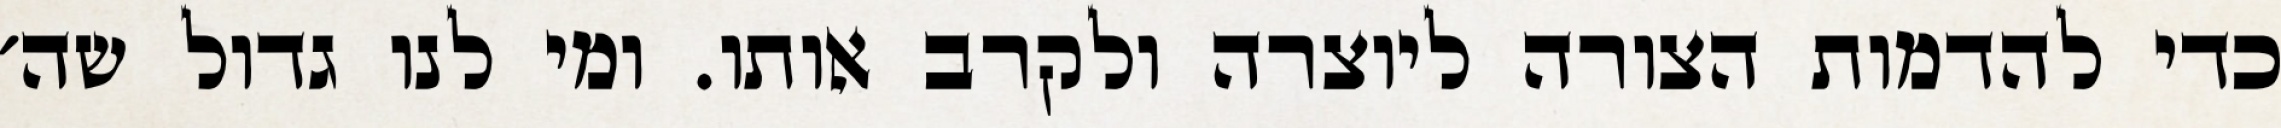
כדי להדמות הצורה ליוצרה ולקרב אותו. ומי לנו גדול שה׳